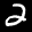
Label: 2